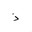
Letter: _thal